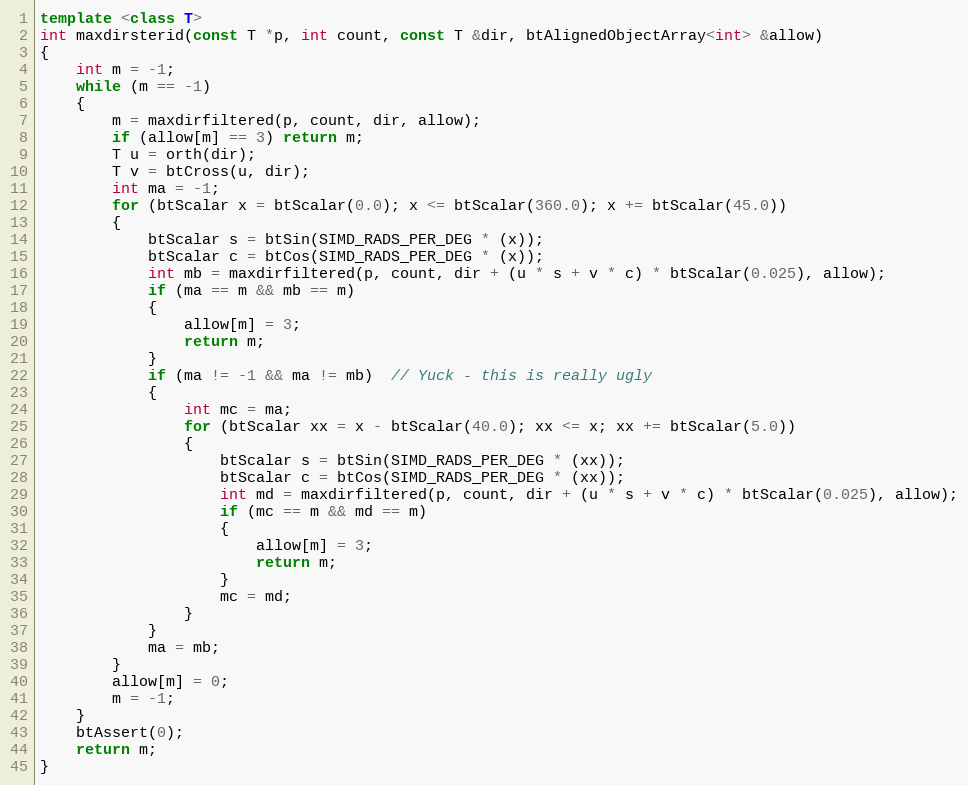
Language: C++
template <class T>
int maxdirsterid(const T *p, int count, const T &dir, btAlignedObjectArray<int> &allow)
{
	int m = -1;
	while (m == -1)
	{
		m = maxdirfiltered(p, count, dir, allow);
		if (allow[m] == 3) return m;
		T u = orth(dir);
		T v = btCross(u, dir);
		int ma = -1;
		for (btScalar x = btScalar(0.0); x <= btScalar(360.0); x += btScalar(45.0))
		{
			btScalar s = btSin(SIMD_RADS_PER_DEG * (x));
			btScalar c = btCos(SIMD_RADS_PER_DEG * (x));
			int mb = maxdirfiltered(p, count, dir + (u * s + v * c) * btScalar(0.025), allow);
			if (ma == m && mb == m)
			{
				allow[m] = 3;
				return m;
			}
			if (ma != -1 && ma != mb)  // Yuck - this is really ugly
			{
				int mc = ma;
				for (btScalar xx = x - btScalar(40.0); xx <= x; xx += btScalar(5.0))
				{
					btScalar s = btSin(SIMD_RADS_PER_DEG * (xx));
					btScalar c = btCos(SIMD_RADS_PER_DEG * (xx));
					int md = maxdirfiltered(p, count, dir + (u * s + v * c) * btScalar(0.025), allow);
					if (mc == m && md == m)
					{
						allow[m] = 3;
						return m;
					}
					mc = md;
				}
			}
			ma = mb;
		}
		allow[m] = 0;
		m = -1;
	}
	btAssert(0);
	return m;
}